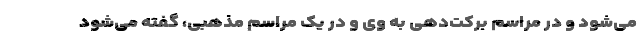
می‌شود و در مراسم برکت‌دهی به وی و در یک مراسم مذهبی، گفته می‌شود